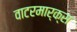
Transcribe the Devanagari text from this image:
वाटरमार्क्स